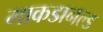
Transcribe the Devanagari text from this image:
माकडानल्ड